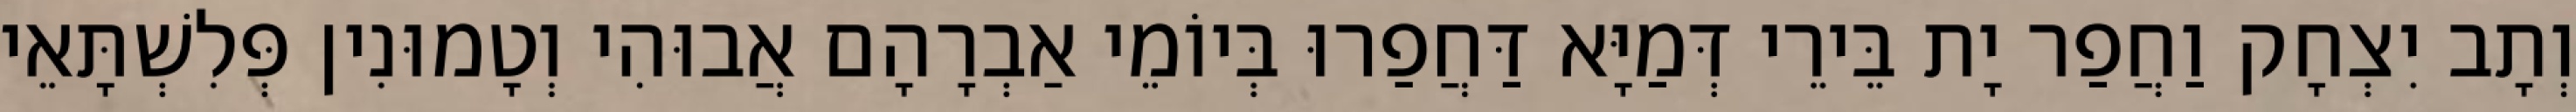
וְתָב יִצְחָק וַחֲפַר יָת בֵּירֵי דְּמַיָּא דַּחֲפַרוּ בְּיוֹמֵי אַבְרָהָם אֲבוּהִי וְטָמוּנִין פְּלִשְׁתָּאֵי